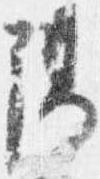
陽